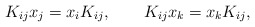
\begin{align*}K_{ij} x_j = x_i K_{ij}, \qquad K_{ij} x_k = x_k K_{ij}, \end{align*}